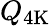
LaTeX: Q\mathrm{{_{4K}}}